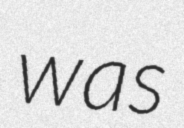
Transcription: was